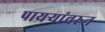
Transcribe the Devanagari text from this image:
पायऱ्यांवरुन